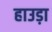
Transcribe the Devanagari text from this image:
हाउड़ा